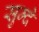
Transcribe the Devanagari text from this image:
सुम्दे